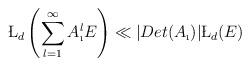
LaTeX: \begin{align*}\L_{d}\left(\sum_{l=1}^{\infty}A_{\i}^{l}E\right)\ll |Det(A_{\i})|\L_{d}(E)\end{align*}